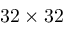
3 2 \times 3 2